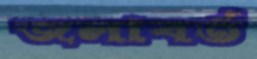
জলাবর্ত